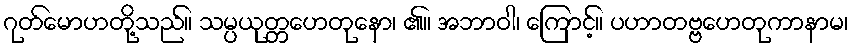
ဂုတ်မောဟတို့သည်။ သမ္ပယုတ္တဟေတုနော၊ ၏။ အဘာဝါ၊ ကြောင့်။ ပဟာတဗ္ဗဟေတုကာနာမ၊